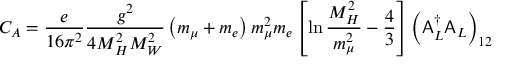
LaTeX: C _ { A } = \frac { e } { 1 6 \pi ^ { 2 } } \frac { g ^ { 2 } } { 4 M _ { H } ^ { 2 } M _ { W } ^ { 2 } } \left( m _ { \mu } + m _ { e } \right) m _ { \mu } ^ { 2 } m _ { e } \left[ \ln \frac { M _ { H } ^ { 2 } } { m _ { \mu } ^ { 2 } } - \frac { 4 } { 3 } \right] \left( { \sf A } _ { L } ^ { \dag } { \sf A } _ { L } \right) _ { 1 2 }